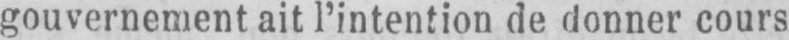
gouvernement ait l’intention de donner cours